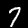
Label: 7